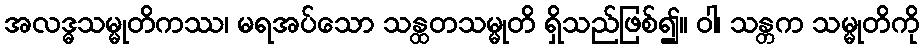
အလဒ္ဓသမ္မုတိကဿ၊ မရအပ်သော သန္ထတသမ္မုတိ ရှိသည်ဖြစ်၍။ ဝါ၊ သန္တက သမ္မုတိကို